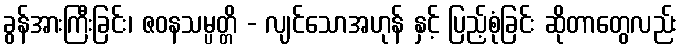
ခွန်အားကြီးခြင်း၊ ဇဝနသမ္ပတ္တိ - လျင်သောအဟုန် နှင့် ပြည့်စုံခြင်း ဆိုတာတွေလည်း